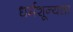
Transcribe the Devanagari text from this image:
धर्मशून्यता